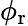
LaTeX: \phi_{\mathrm{r}}